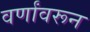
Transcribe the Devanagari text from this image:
वर्णांवरून